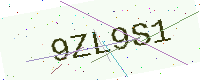
Text: 9ZL9S1